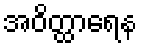
အဝိတ္ထာရေန